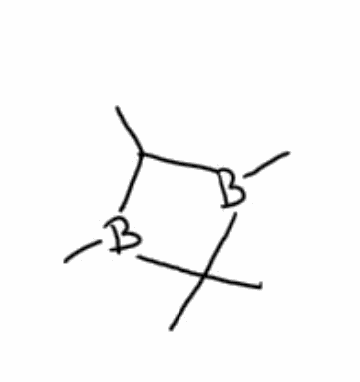
Simplified molecular-input line-entry system (SMILES) notation of the given molecule:
B1(C(B(C1(C)C)C)C)C